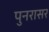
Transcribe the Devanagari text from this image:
पुनरासर